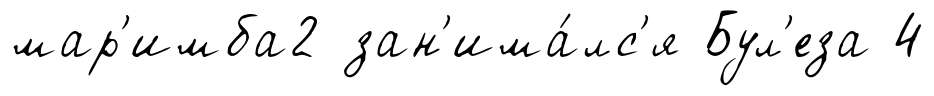
мар'имба2 зан'има́лс'я Бул'еза 4